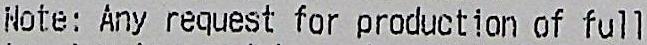
NOTE: ANY REQUEST FOR PRODUCTION OF FULL